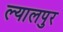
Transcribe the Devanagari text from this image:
ल्यालपुर